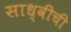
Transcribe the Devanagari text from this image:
साध्वीची